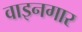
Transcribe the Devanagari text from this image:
वाइनगार